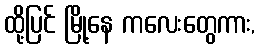
ထို့ပြင် မြို့နေ ကလေးတွေကား,